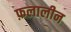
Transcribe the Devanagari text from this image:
फ़लालीन